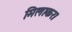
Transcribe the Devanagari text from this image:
मिलाकर।